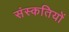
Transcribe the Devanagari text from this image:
संस्कतियों